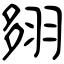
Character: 翗